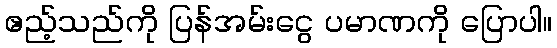
ဧည့်သည်ကို ပြန်အမ်းငွေ ပမာဏကို ပြောပါ။